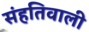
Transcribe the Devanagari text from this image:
संहतिवाली